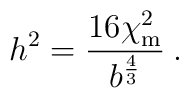
h^2 = \frac{16 \chi_{\rm m}^2}{b^\frac43} \:.